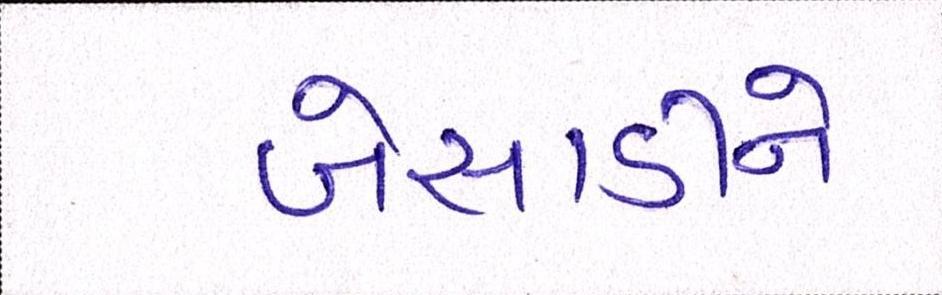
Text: બેસાડીને